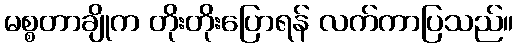
မစ္စတာချိုက တိုးတိုးပြောရန် လက်ကာပြသည်။